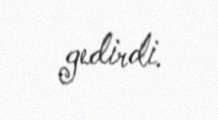
gedirdi.